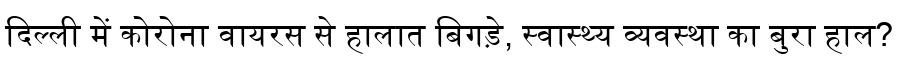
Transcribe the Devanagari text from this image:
दिल्ली में कोरोना वायरस से हालात बिगड़े, स्वास्थ्य व्यवस्था का बुरा हाल?